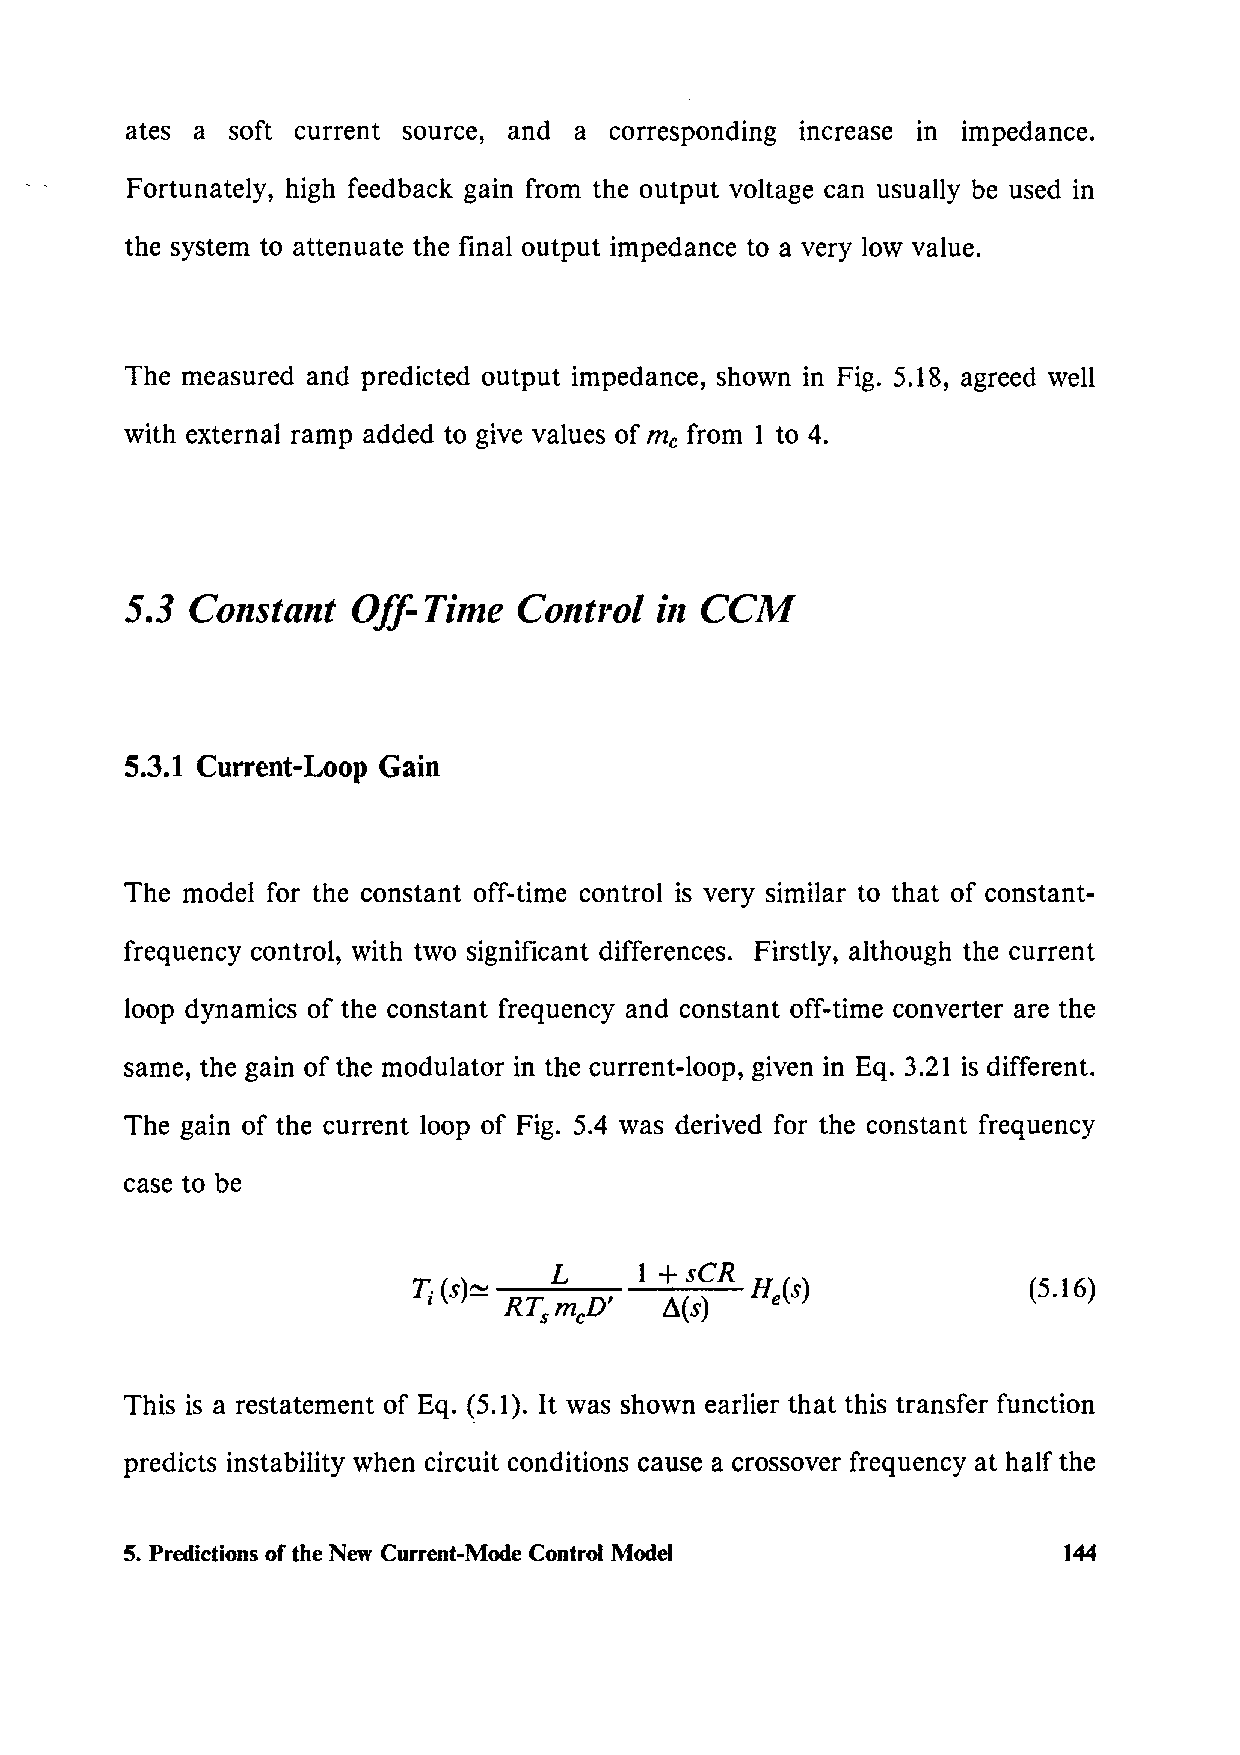
ates a soft current source, and a corresponding increase in impedance.
 Fortunately, high feedback gain from the output voltage can usually be used in
 the system to attenuate the final output impedance to a very low value.
 The measured and predicted output impedance, shown in Fig. 5.18, agreed well
 with external ramp added to give values of me from 1 to 4.
 5.3  Constant  Off-Time   Control  in CCM
 5.3.1 Current-Loop Gain
 The model for the constant off-time control is very similar to that of constant-
 frequency control, with two significant differences. Firstly, although the current
 loop dynamics of the constant frequency and constant off-time converter are the
 same, the gain of the modulator in the current-loop, given in Eq. 3.21 is different.
 The gain of the current loop of Fig. 5.4 was derived for the constant frequency
 case to be
 T ( )    L     1 + sCR H ( )             (5.16)
 i s ~ RTs mcD'  L\(s)  e s
 This is a restatement of Eq. (5.1). It was shown earlier that this transfer function
 predicts instability when circuit conditions cause a crossover frequency at half the
 5. Predictions of the New Current-Mode Control Model          144